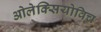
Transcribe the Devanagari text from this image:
ओलेक्सियोविच